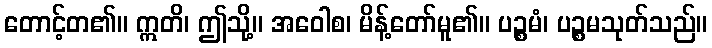
တောင့်တ၏။ ဣတိ၊ ဤသို့။ အဝေါစ၊ မိန့်တော်မူ၏။ ပဉ္စမံ၊ ပဉ္စမသုတ်သည်။